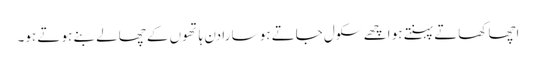
اچھا کھاتے پہنتے ہو اچھے سکول جاتے ہو سا رادن ہا تھوں کے چھالے بنے ہو تے ہو۔